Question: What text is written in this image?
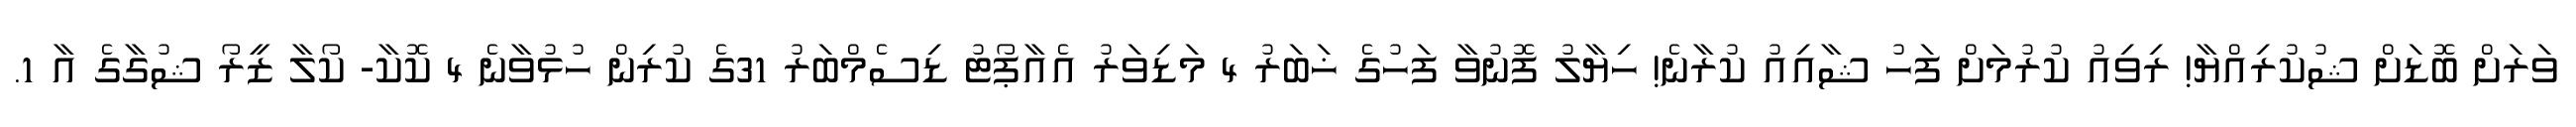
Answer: ވަރަށް ބޮޑަށް ޝުކުރިއްޔާ! ރިވިއު ކުރުމަށް ފަހު ޝާއިއު ކުރާނެ! ހިޔާލު ފޮނުވާ ފަހުގެ ޚަބަރު 4 މަޑިވަރު އެއާޕޯޓު ޑިސެމްބަރު 31ގެ ކުރިން ހުޅުވާނެ 4 ކޮކާ- ކޯލާ ޒީރޯ ޝުގާގެ އާ 1.